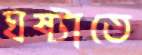
ঘষ্‌টাতে